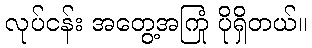
လုပ်ငန်း အတွေ့အကြုံ ပိုရှိတယ်။